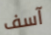
آسف